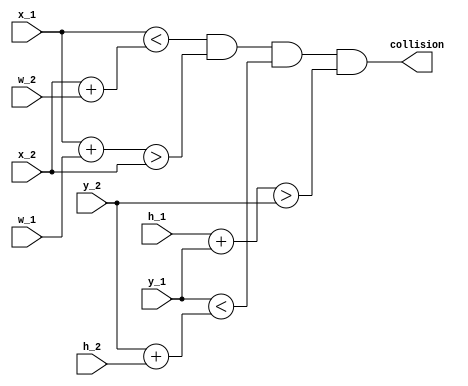
`timescale 1ns / 1ps
//////////////////////////////////////////////////////////////////////////////////
// Company: 
// Engineer: 
// 
// Design Name: 
// Module Name: collision
// Project Name: 
// Target Devices: 
// Tool Versions: 
// Description: 
// 
// Dependencies: 
// 
// Revision:
// Revision 0.01 - File Created
// Additional Comments:
// 
//////////////////////////////////////////////////////////////////////////////////


module collision(
    input [10:0] x_1,
    input [9:0] y_1,
    input [7:0] w_1,
    input [7:0] h_1,
    input [10:0] x_2,
    input [9:0] y_2,
    input [7:0] w_2,
    input [7:0] h_2,
    output collision
    );
    
    assign collision = ((x_1 < (x_2 + w_2)) &&
       ((x_1 + w_1)> x_2)  &&
       (y_1 < (y_2 + h_2)) &&
       ((h_1+ y_1) > y_2));
    
endmodule